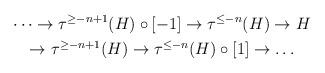
LaTeX: \begin{align*}\begin{gathered} \dots \to \tau^{\ge -n +1}(H)\circ [-1] \to \tau^{\le -n }(H)\to H \\ \to \tau^{\ge -n +1}(H)\to \tau^{\le -n }(H)\circ [1]\to \dots\end{gathered} \end{align*}